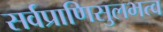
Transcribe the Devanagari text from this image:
सर्वप्राणिसुलभत्व